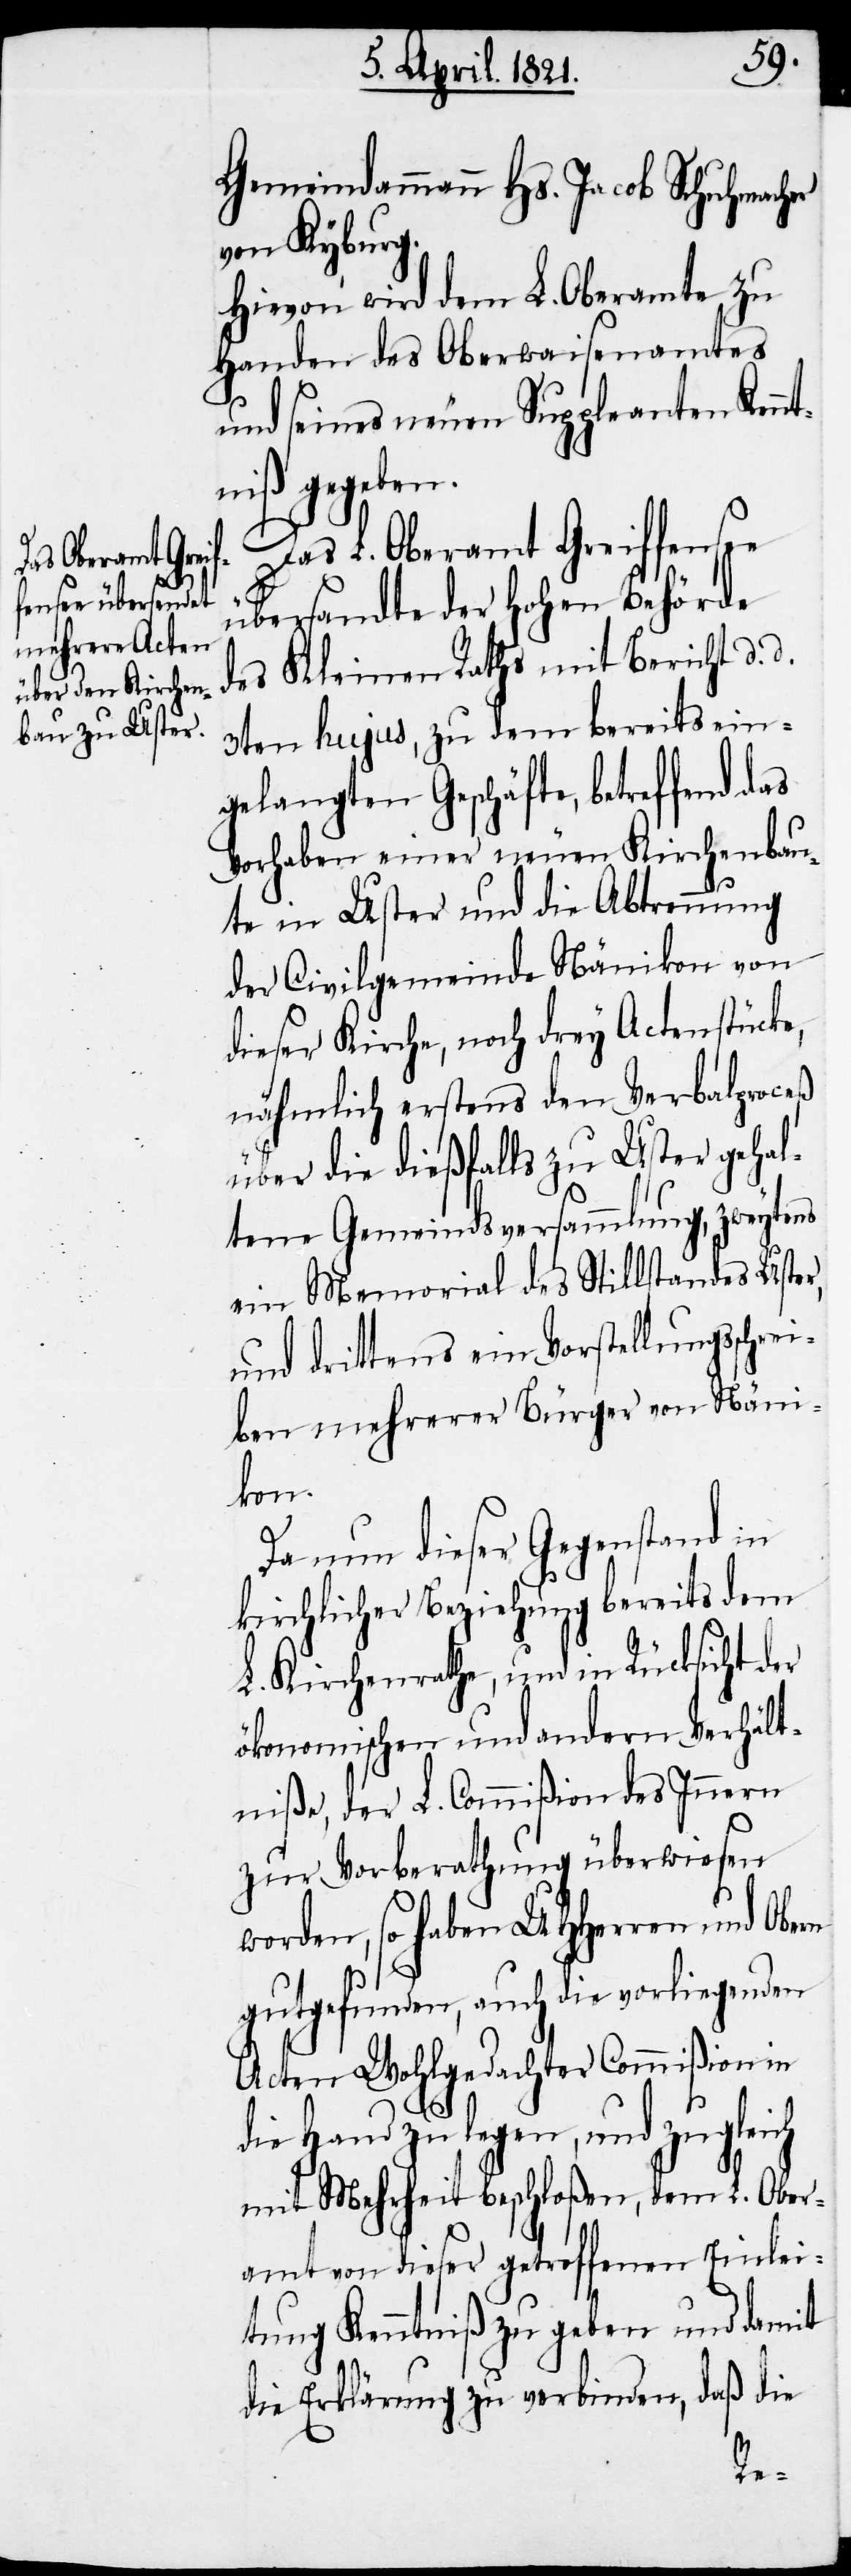
Gemeindammann Hs. Jacob Schuhmacher
von Kyburg.
Hievon wird dem L. Oberamte zu
Handen des Oberwaisenamtes
und seines neuen Suppleanten Kenn¬
tniß gegeben.
Das L. Oberamt Greiffensee
übersendet der hohen Behörde
des Kleinen Raths mit Bericht d. d.
3ten hujus, zu dem bereits ein¬
gelangten Geschäfte, betreffend das
Vorhaben einer neuen Kirchenbau¬
te in Uster und die Abtrennung
der Civilgemeinde Nänikon von
dieser Kirche, noch drey Actenstücke,
nähmlich erstens den Verbalproceß
über die dießfalls zu Uster gehal¬
tene Gemeindsversammlung, zweytens
ein Memorial des Stillstandes Uster,
und drittens ein Vorstellungsschrei¬
ben mehrerer Bürger von Näni¬
kon.
Da nun dieser Gegenstand in
kirchlicher Beziehung bereits dem
L. Kirchenrathe, und in Rücksicht der
ökonomischen und andern Verhält¬
niße, der L. Commißion des Innern
zur Vorberathung überwiesen
worden, so haben UHHerren und Obern
gutgefunden, auch die vorliegenden
Acten Wohlgedachter Commißion in
die Hand zu legen, und zuglei¬
mit Mehrheit beschloßen, dem L. Ober¬
amt von dieser getroffenen Einlei¬
tung Kenntniß zu geben und damit
die Erklärung zu verbinden, daß die
ch